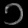
Digit: ၁